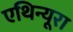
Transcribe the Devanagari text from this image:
एथिन्यूरा